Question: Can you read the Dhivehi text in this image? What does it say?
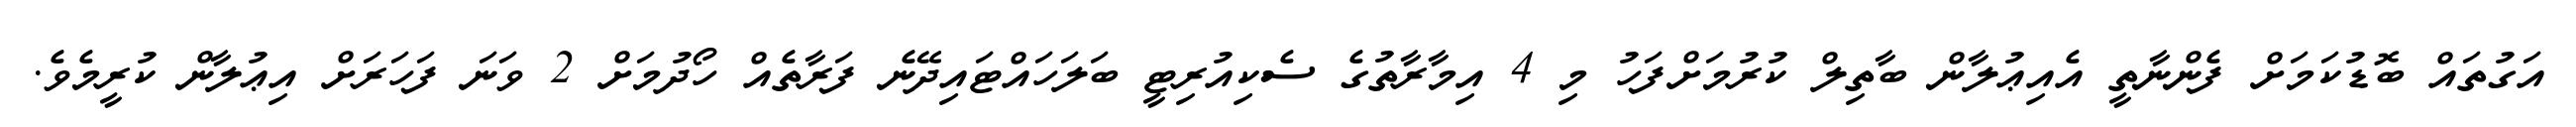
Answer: އަގުތައް ބޮޑުކަމަށް ފެންނާތީ އެއިޢުލާން ބާތިލް ކުރުމަށްފަހު މި 4 އިމާރާތުގެ ސެކިއުރިޓީ ބަލަހައްޓައިދޭނެ ފަރާތެއް ހޯދުމަށް 2 ވަނަ ފަހަރަށް އިޢުލާން ކުރީމެވެ.